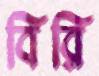
বিরি